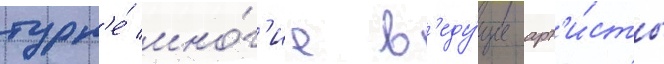
турн'е́ мно́г'ие в'еду́щие арт'и́сты